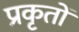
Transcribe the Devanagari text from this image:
प्रकृतों